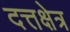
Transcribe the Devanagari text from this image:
दत्तक्षेत्र